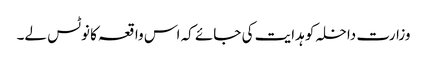
وزارت داخلہ کو ہدایت کی جائے کہ اس واقعہ کا نوٹس لے۔